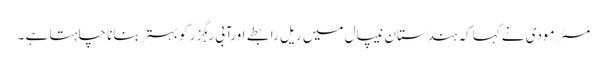
مسٹر مودی نے کہا کہ ہندستان نیپال میں ریل رابطے اورآبی رہگزر کو بہتر بنانا چاہتا ہے ۔